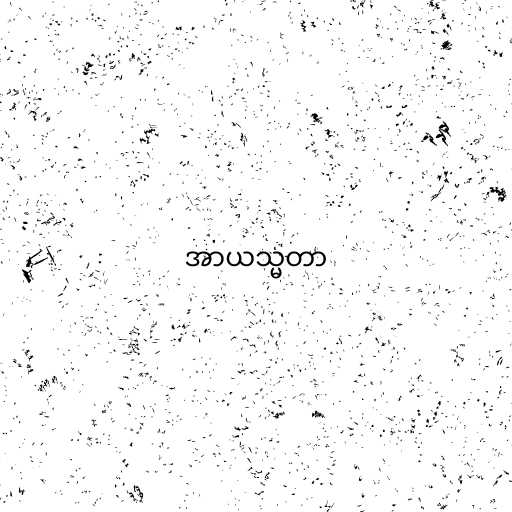
အာယသ္မတာ